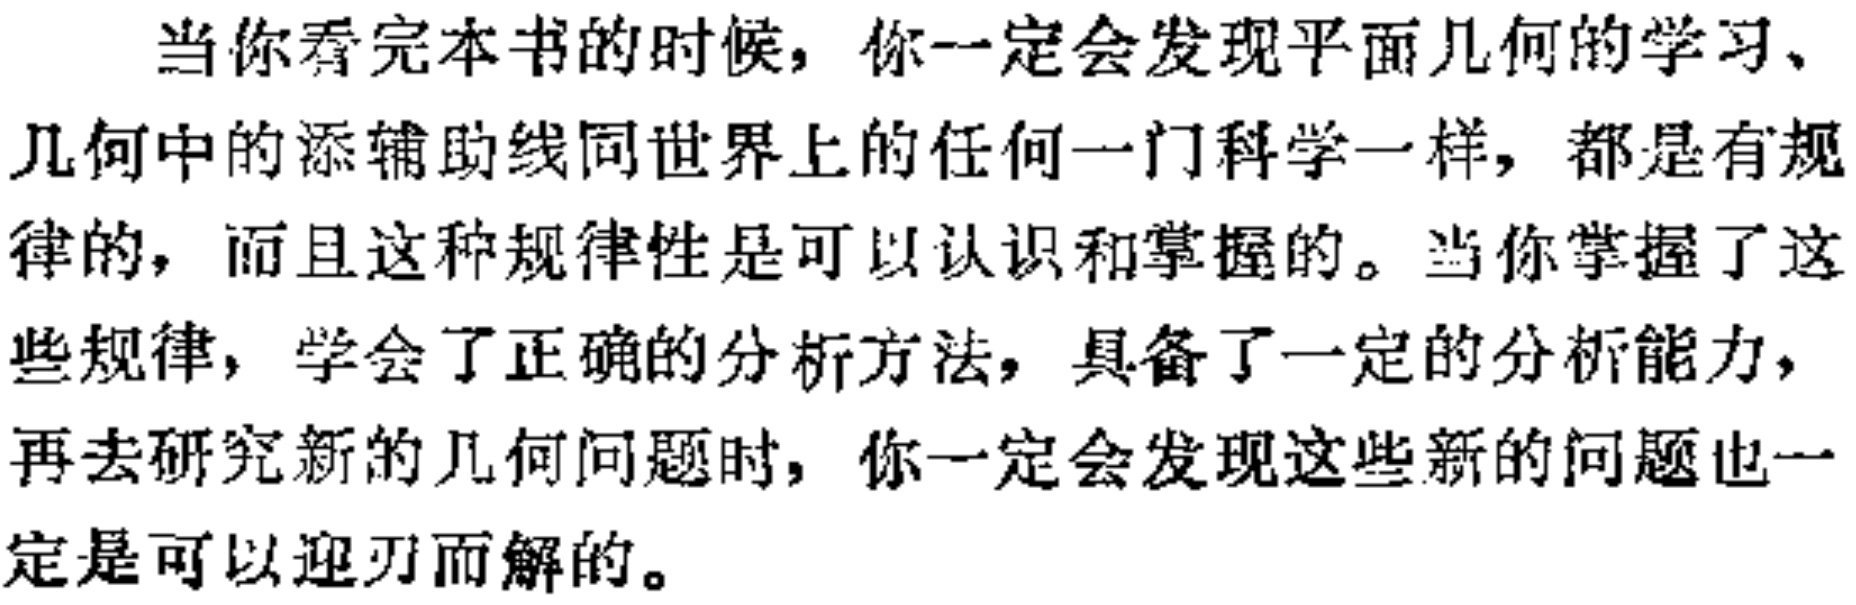
当你看完本书的时候，你一定会发现平面几何的学习、几何中的添辅助线同世界上的任何一门科学一样，都是有规律的，而且这种规律性是可以认识和掌握的。当你掌握了这些规律，学会了正确的分析方法，具备了一定的分析能力，再去研究新的几何问题时，你一定会发现这些新的问题也一定是可以迎刃而解的。